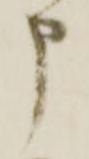
申